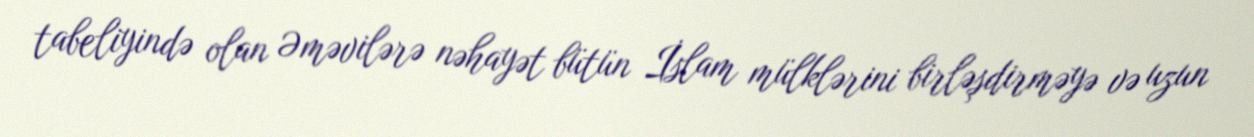
tabeliyində olan Əməvilərə nəhayət bütün İslam mülklərini birləşdirməyə və uzun